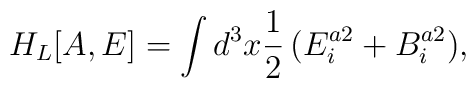
H_L[A,E] = \int d^3 x \frac{1}{2}\,(E^{a2}_i + B^{a2}_i) ,